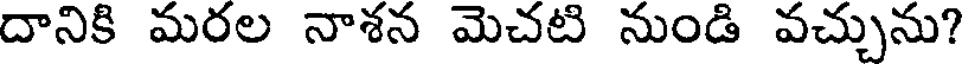
దానికి మరల నాశన మెచటి నుండి వచ్చును?